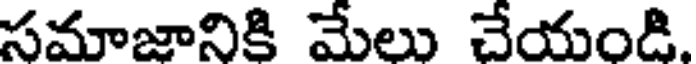
సమాజానికి మేలు చేయండి.